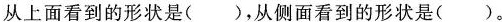
从上面看到的形状是( )，从侧面看到的形状是( )。